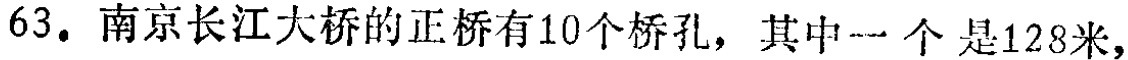
63. 南京长江大桥的正桥有10个桥孔，其中一个是128米，